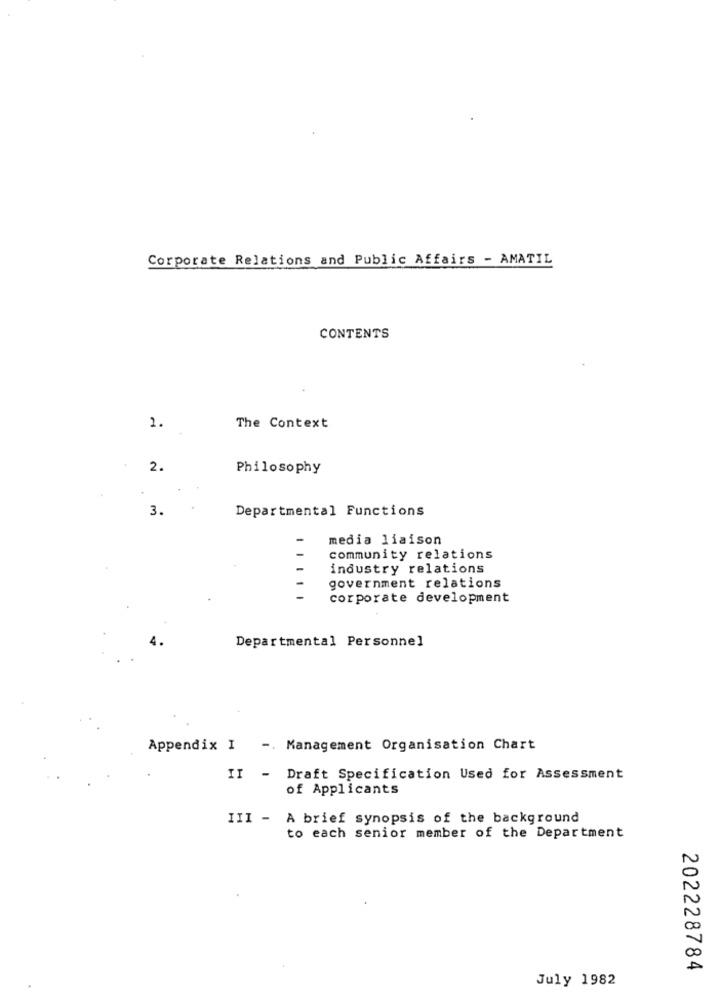
Corporate Relations and Public Affairs - AMATIL
CONTENTS
2.
The Context
2.
Philosophy
3.
Departmental Functions
media liaison
community relations
industry relations
government relations
corporate development
Departmental Personnel
Appendix I -. Management Organisation Chart
II - Draft Specification Used for Assessment
of Applicants
III - A brief synopsis of the background
to each senior member of the Department
202228784
July 1982